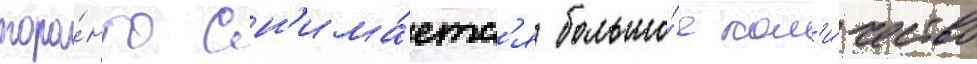
торо́нто сн'има́етс'я большо́е кол'и́чество